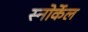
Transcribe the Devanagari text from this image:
स्नोर्केल